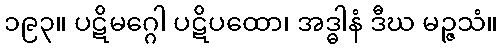
၁၉၃။ ပဋိမဂ္ဂေါ ပဋိပထော၊ အဒ္ဓါနံ ဒီဃ မဉ္ဇသံ။